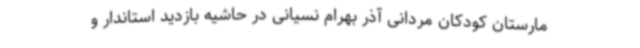
مارستان کودکان مردانی آذر بهرام نسیانی در حاشیه بازدید استاندار و